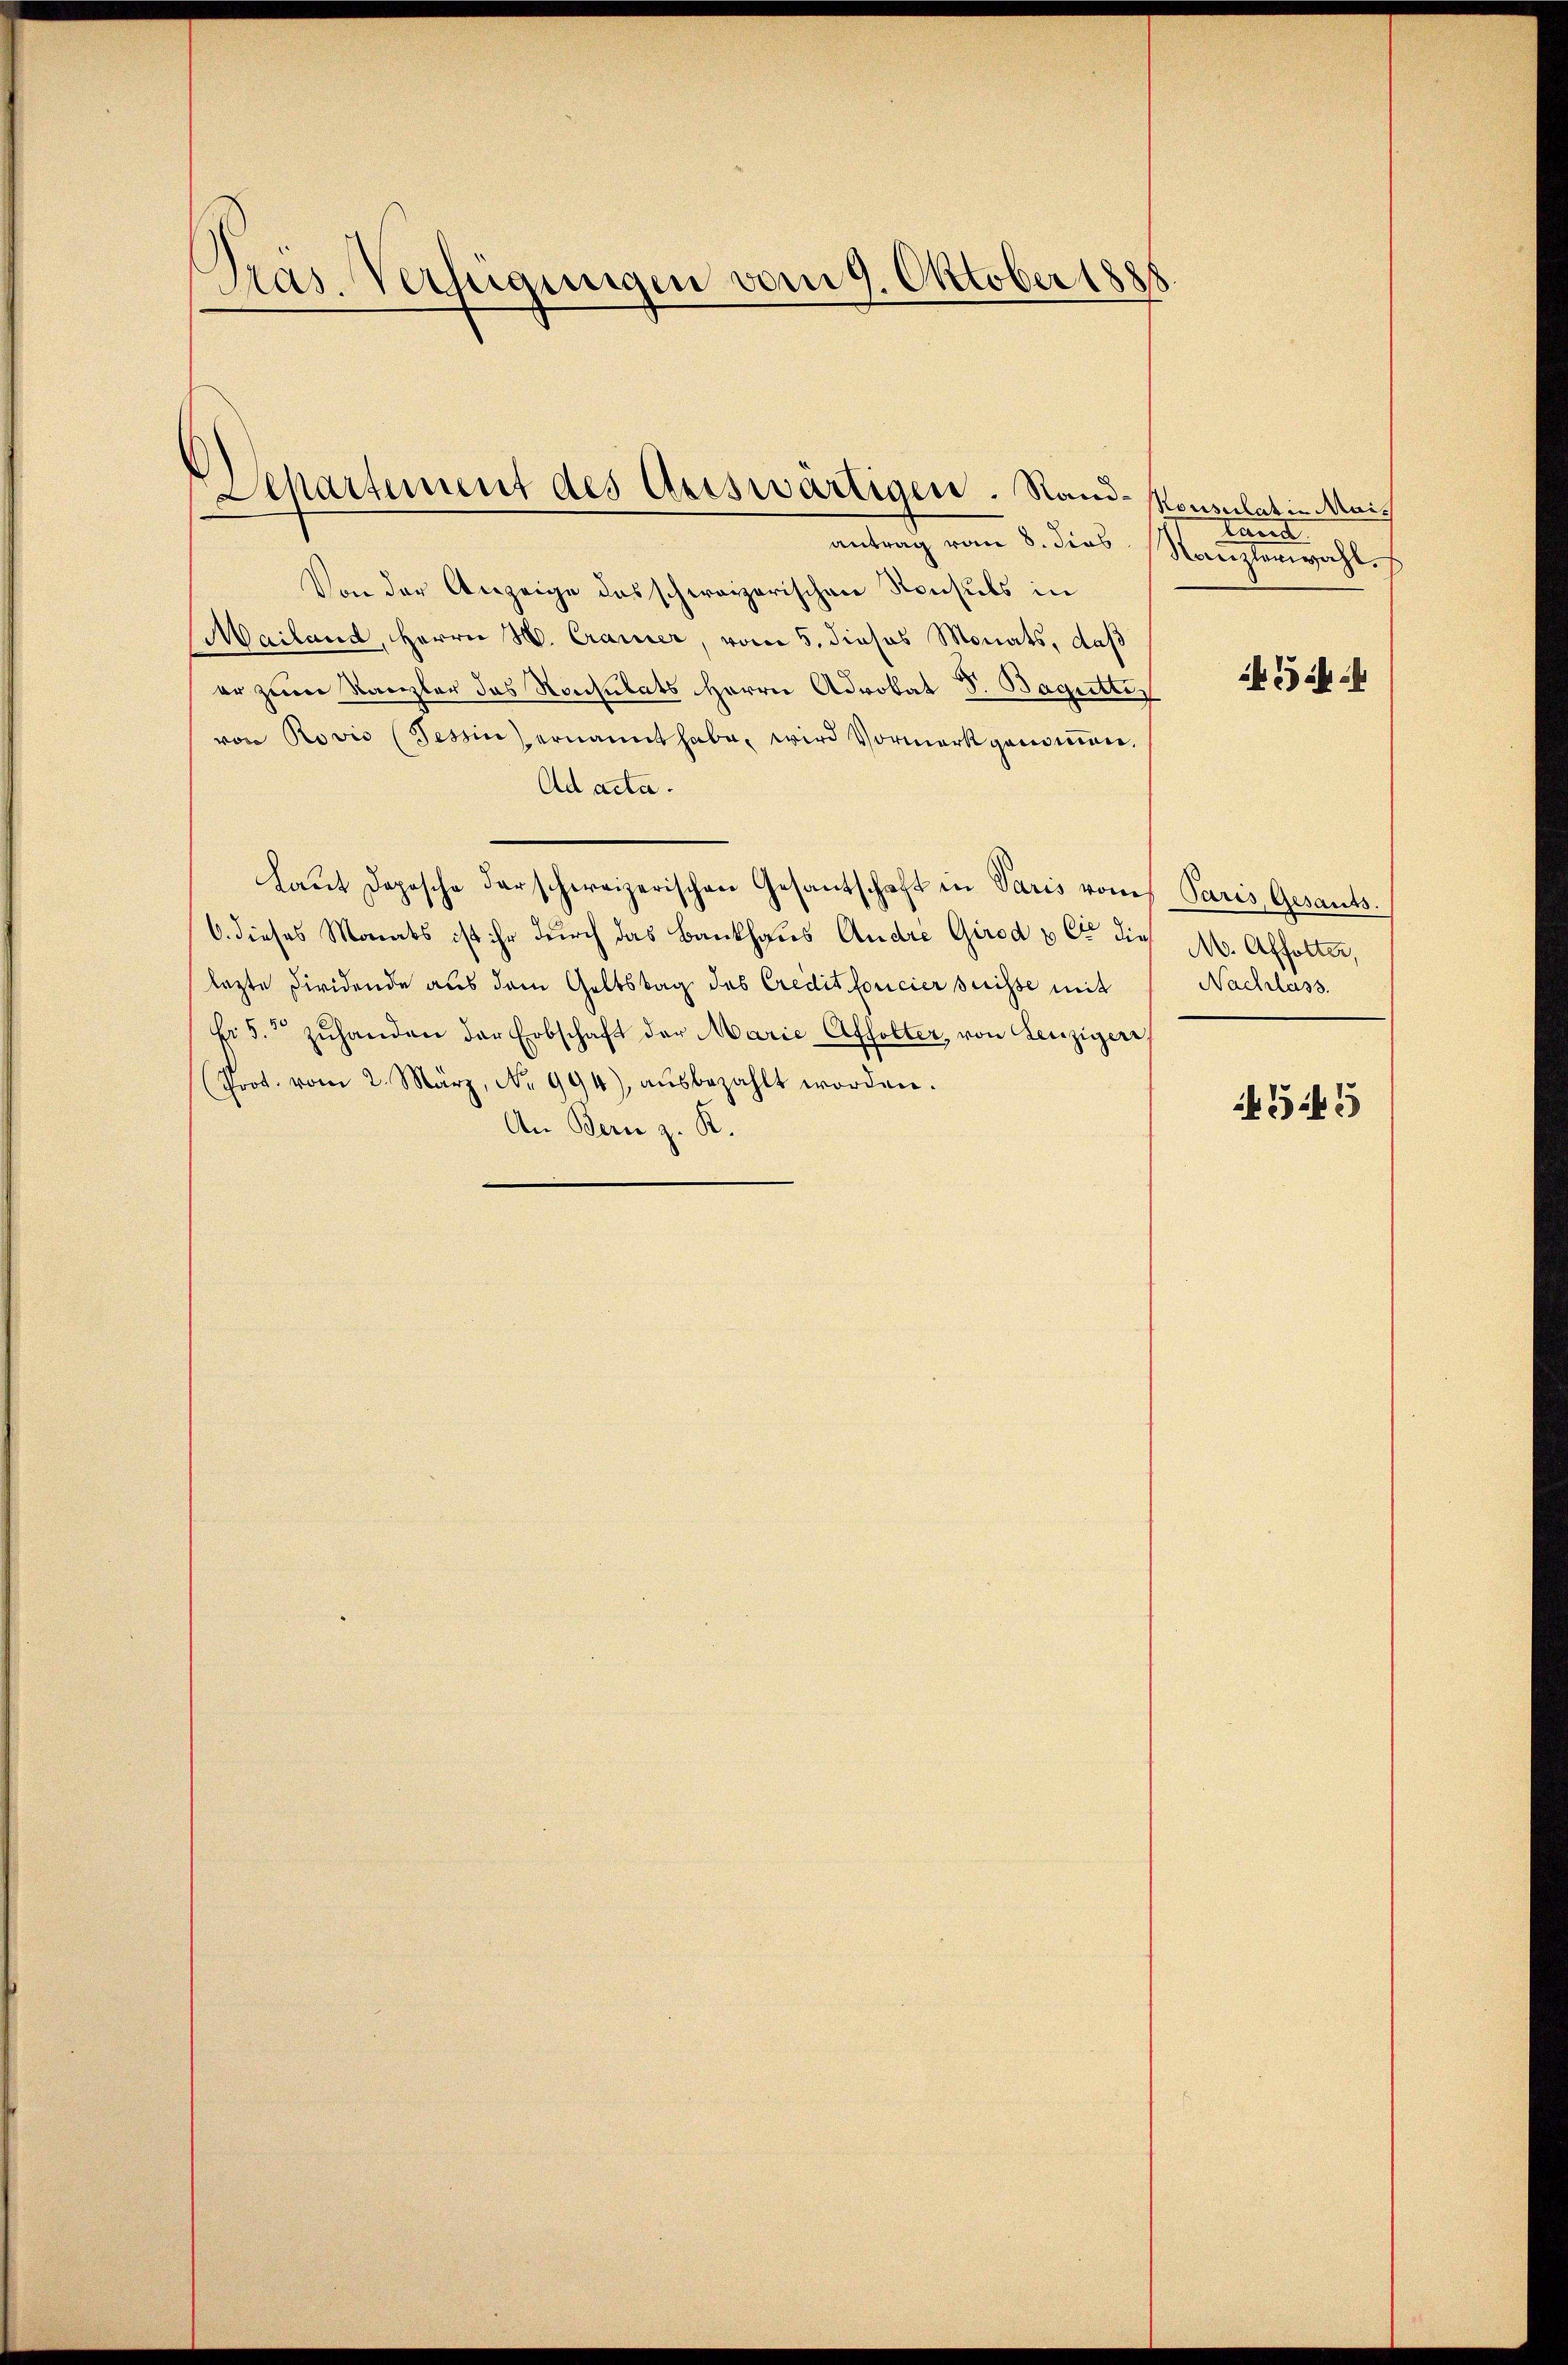
Pras. Verfügungen vom 9. Oktober 1885

Departement des Auswärtigen. Stand- Konsulatin Mais

trag vom 8. dies Kanzlorwahl.
Von der Anzeige das schweizerischen Konsuls in
MMailand, Herrn H. Cramer, vom 5. dieses Monats, daß
er zum Kanzler das Konsulats Herrn Advokat J. Bagutter
von Rovis (Tessin ernannt habe, wird Vormerkgenoṁen,
Ad acta.
Laut Depesche darschweizerischen Gesantschaft in Paris von Paris Gesants.
6. dieses Monats ist ihr durch das Bankhaus Andre Girod & Cie die M. Affolter,
lezte Firidende aus dem Geltstag des Credit foncier suisse mit
fr. 5. zŭhanden der Erbschaft der Marie Affolter, von Lenziger,
(Prot. vom 2. März, No 994), aŭsbezahlt worden.
An Bern z. R.

tänd

Nachlass.

543